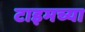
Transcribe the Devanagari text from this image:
टाइमच्या